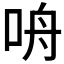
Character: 𪠾